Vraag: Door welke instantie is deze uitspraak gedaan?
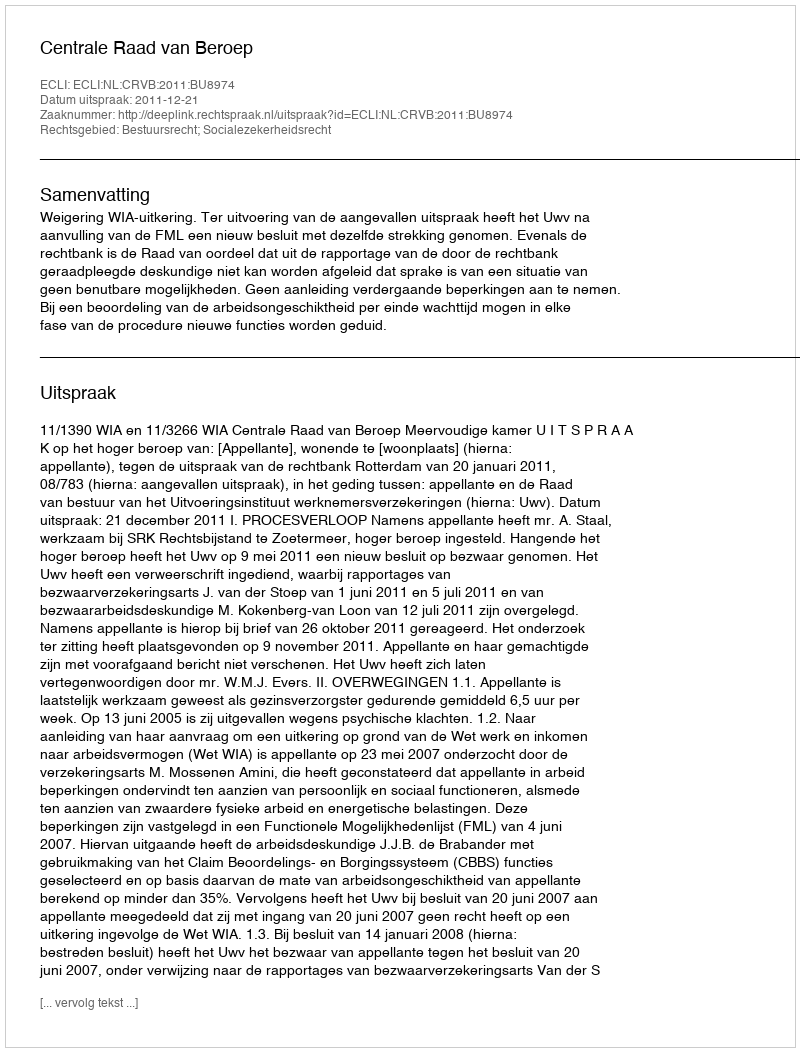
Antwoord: Centrale Raad van Beroep